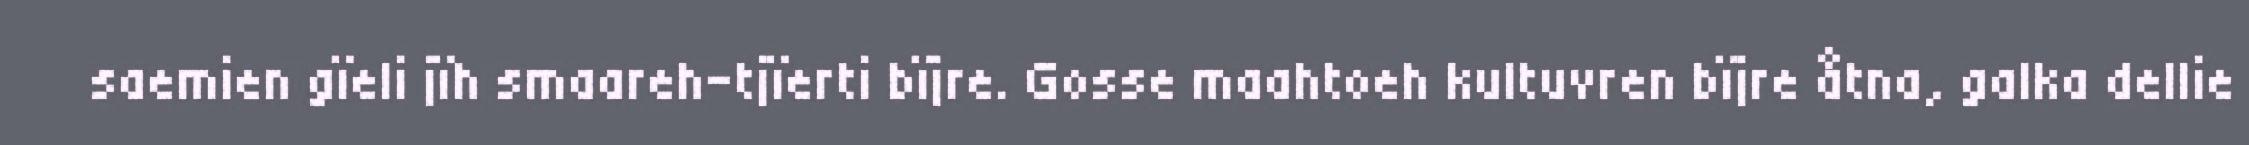
saemien gïeli jïh smaareh-tjïerti bïjre. Gosse maahtoeh kultuvren bïjre åtna, galka dellie